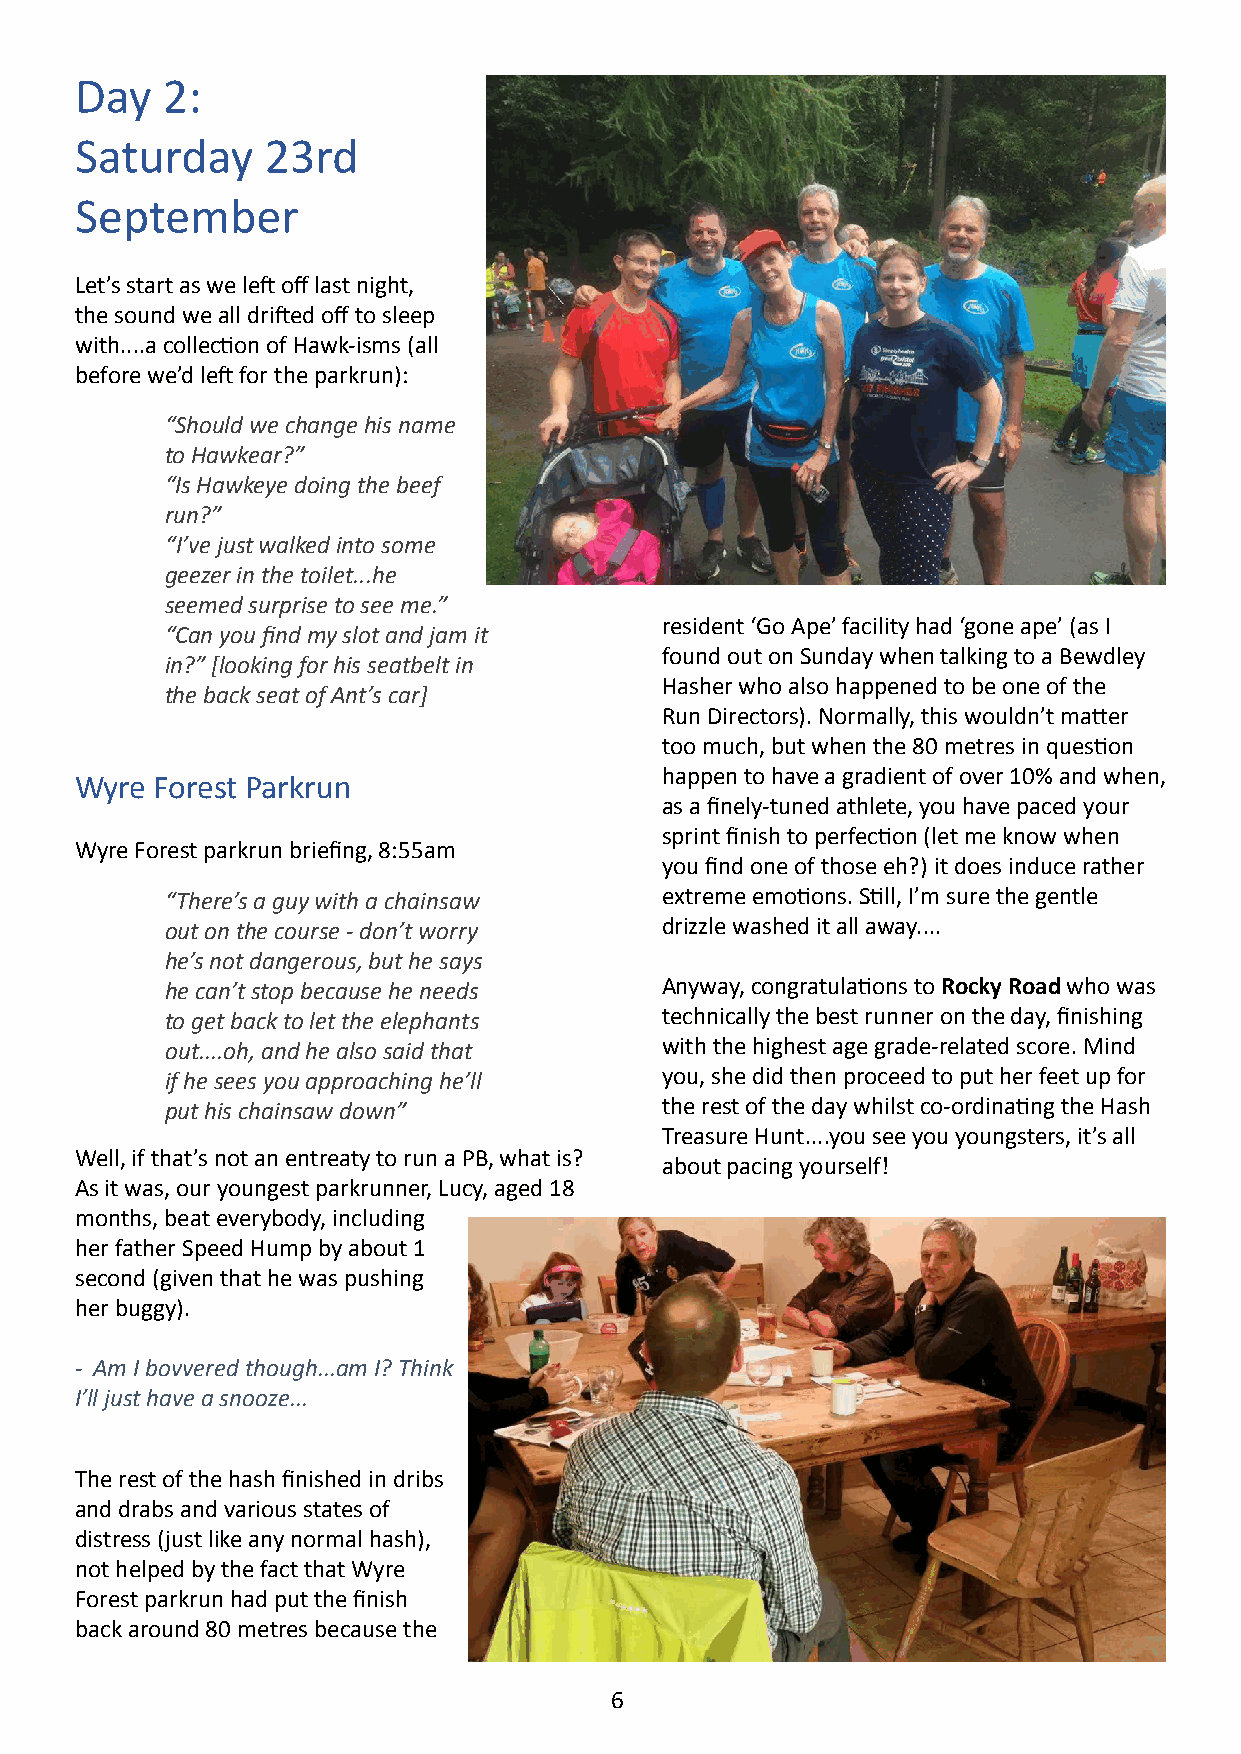
Day   2:
 Saturday     23rd
 September
 Let’s start as we left off last night,
 the sound we all drifted off to sleep
 with....a collection of Hawk-isms (all
 before we’d left for the parkrun):
 “Should we change his name
 to Hawkear?”
 “Is Hawkeye doing the beef
 run?”
 “I’ve just walked into some
 geezer in the toilet...he
 seemed surprise to see me.”
 resident ‘Go Ape’ facility had ‘gone ape’ (as I
 “Can you find my slot and jam it
 found out on Sunday when talking to a Bewdley
 in?” [looking for his seatbelt in
 Hasher who also happened to be one of the
 the back seat of Ant’s car]
 Run Directors). Normally, this wouldn’t matter
 too much, but when the 80 metres in question
 happen to have a gradient of over 10% and when,
 Wyre Forest Parkrun
 as a finely-tuned athlete, you have paced your
 sprint finish to perfection (let me know when
 Wyre Forest parkrun briefing, 8:55am
 you find one of those eh?) it does induce rather
 “There’s a guy with a chainsaw   extreme emotions. Still, I’m sure the gentle
 out on the course - don’t worry  drizzle washed it all away....
 he’s not dangerous, but he says
 he can’t stop because he needs   Anyway, congratulations to Rocky Road who was
 to get back to let the elephants technically the best runner on the day, finishing
 out....oh, and he also said that with the highest age grade-related score. Mind
 if he sees you approaching he’ll you, she did then proceed to put her feet up for
 put his chainsaw down”           the rest of the day whilst co-ordinating the Hash
 Treasure Hunt....you see you youngsters, it’s all
 Well, if that’s not an entreaty to run a PB, what is?
 about pacing yourself!
 As it was, our youngest parkrunner, Lucy, aged 18
 months, beat everybody, including
 her father Speed Hump by about 1
 second (given that he was pushing
 her buggy).
 - Am I bovvered though...am I? Think
 I’ll just have a snooze...
 The rest of the hash finished in dribs
 and drabs and various states of
 distress (just like any normal hash),
 not helped by the fact that Wyre
 Forest parkrun had put the finish
 back around 80 metres because the
 6